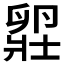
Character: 𫧾